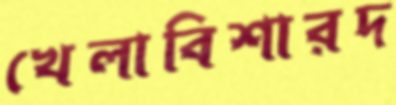
খেলাবিশারদ